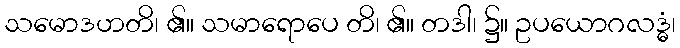
သမောဒဟတိ၊ ၏။ သမာရောပေ တိ၊ ၏။ တဒါ၊ ၌။ ဥပယောဂလဒ္ဓံ၊